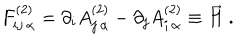
F _ { i j \, \alpha } ^ { ( 2 ) } = \partial _ { i } A _ { j \, \alpha } ^ { ( 2 ) } - \partial _ { j } A _ { i \, \alpha } ^ { ( 2 ) } \equiv \vec { H } \ .